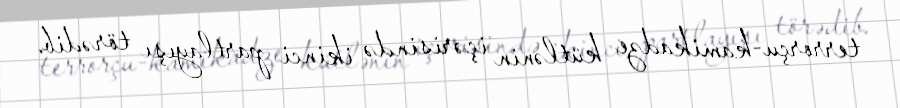
terrorçu-kamikadze kütlənin içərisində ikinci partlayışı törədib.